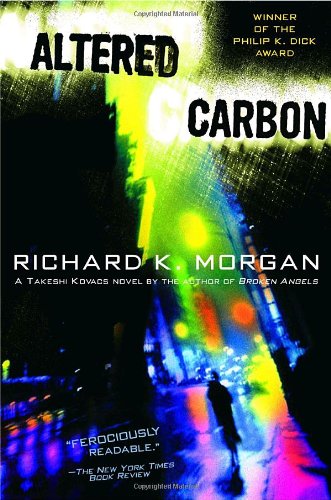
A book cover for Altered Carbon (Takeshi Kovacs Novels); Richard K. Morgan; Science Fiction & Fantasy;